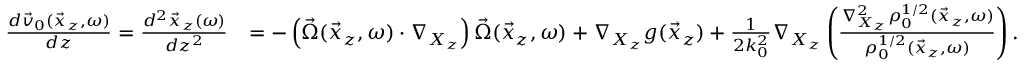
\begin{array} { r l } { \frac { d \vec { v } _ { 0 } ( \vec { x } _ { z } , \omega ) } { d z } = \frac { d ^ { 2 } \vec { x } _ { z } ( \omega ) } { d z ^ { 2 } } } & { = - \left( \vec { \Omega } ( \vec { x } _ { z } , \omega ) \cdot \nabla _ { X _ { z } } \right) \vec { \Omega } ( \vec { x } _ { z } , \omega ) + \nabla _ { X _ { z } } g ( \vec { x } _ { z } ) + \frac { 1 } { 2 k _ { 0 } ^ { 2 } } \nabla _ { X _ { z } } \left( \frac { \nabla _ { X _ { z } } ^ { 2 } \rho _ { 0 } ^ { 1 / 2 } ( \vec { x } _ { z } , \omega ) } { \rho _ { 0 } ^ { 1 / 2 } ( \vec { x } _ { z } , \omega ) } \right) . } \end{array}